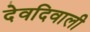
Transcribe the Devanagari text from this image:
देवदिवाली